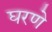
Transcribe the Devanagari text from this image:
घरणे